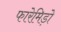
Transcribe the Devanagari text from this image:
फारेमिड़ो